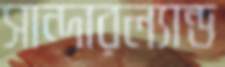
সান্দারল্যান্ড